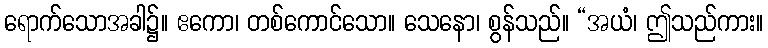
ရောက်သောအခါ၌။ ဧကော၊ တစ်ကောင်သော။ သေနော၊ စွန်သည်။ “အယံ၊ ဤသည်ကား။